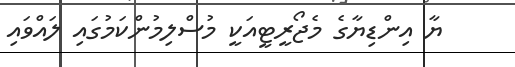
ޔާ އިންޑިޔާގެ މެޖޯރީޓީއަކީ މުސްލިމުންކަމުގައި ލައްވައި